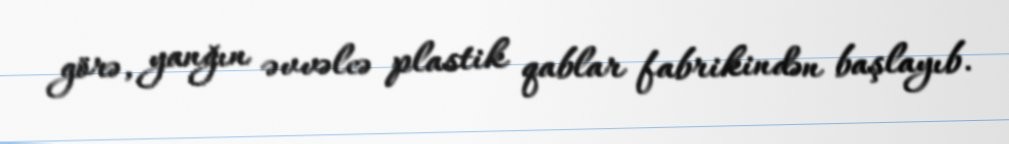
görə, yanğın əvvəlcə plastik qablar fabrikindən başlayıb.